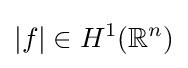
|f|\in H^{1}(\mathbb {R} ^{n})